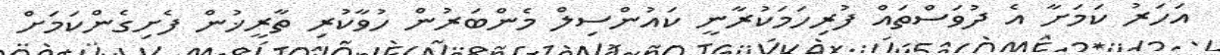
އަހަރު ކަމަށާ އެ ދުވަސްތައް ފުރިހަމަކުރާނީ ކައުންސިލް މެންބަރުން ހުވާކުރި ތާރީޚުން ފެށިގެންކަމަށް